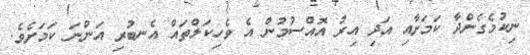
ނިކުމެގެންދާ ކަމަށާއި އަދި އިރު އޮއްސުމުން އެ ވެހިކަލްތައް އެނބުރި އަންނަ ކަމަށެވެ.